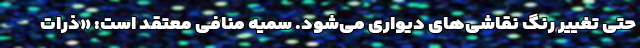
حتی تغییر رنگ نقاشی‌های دیواری می‌شود. سمیه منافی معتقد است: «ذرات